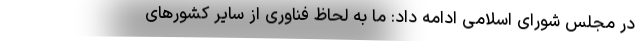
در مجلس شورای اسلامی ادامه داد: ما به لحاظ فناوری از سایر کشورهای